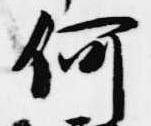
何